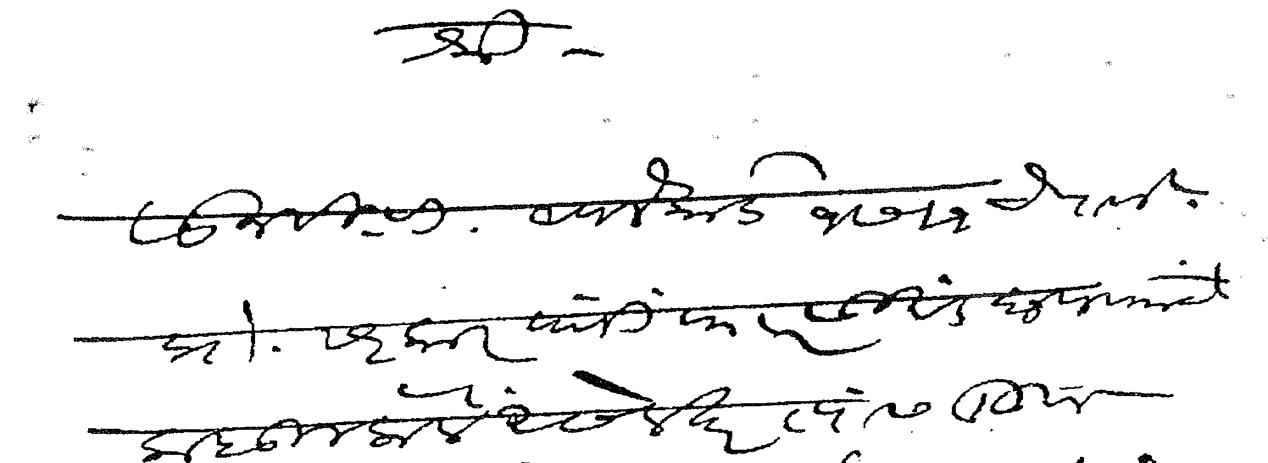
Transliteration (Devanagari): श्री सा न वि वि आपले कार्ड १७ १ चे पावले प्रो सरकार यांनी फारसी खंड छपवयाचे कबूल केले असेल तर त्यांस लिहून